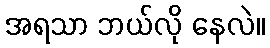
အရသာ ဘယ်လို နေလဲ။